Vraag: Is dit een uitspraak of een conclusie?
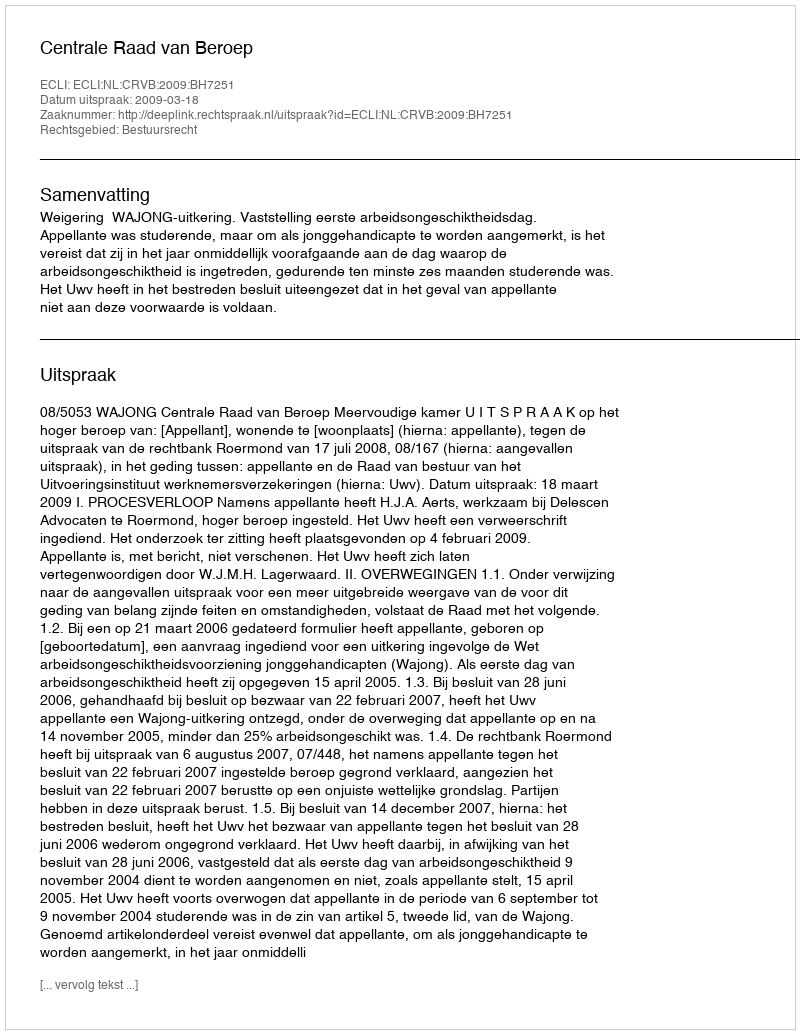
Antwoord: Uitspraak